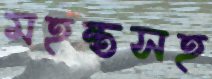
মহন্তসহ